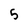
Character: 5